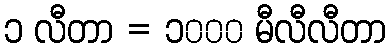
၁ လီတာ = ၁၀၀၀ မီလီလီတာ